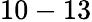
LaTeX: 10-13